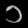
Digit: ၁